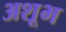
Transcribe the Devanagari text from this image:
अशूभ